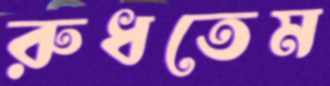
রুধতেম